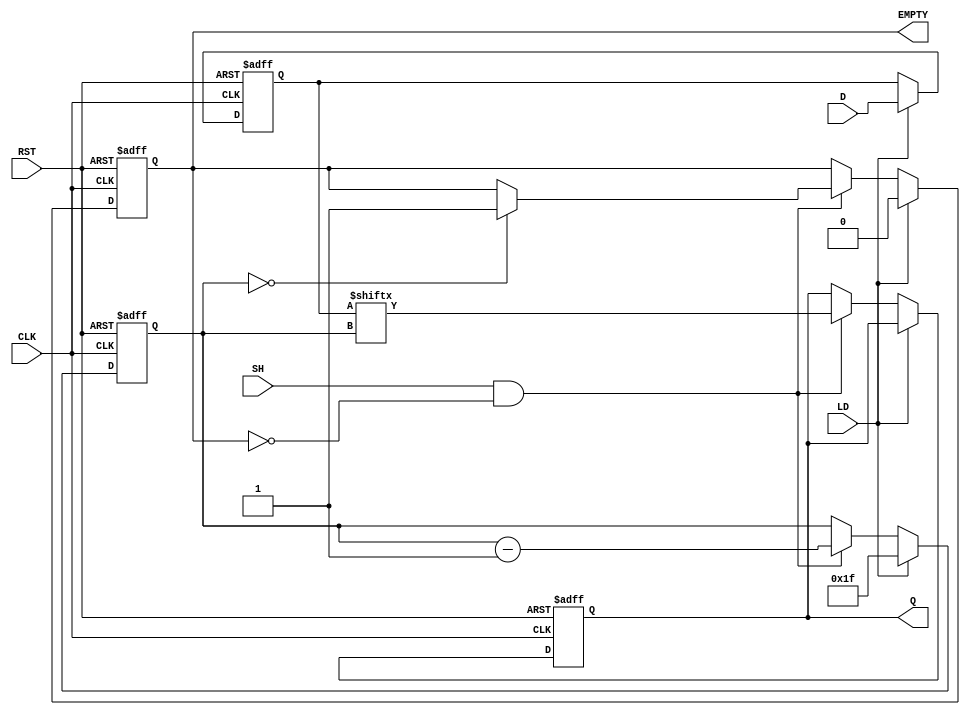
module PISO_32bit (
    input wire [31:0] D,      // Parallel Data Input
    input wire LD,            // Load signal
    input wire SH,            // Shift signal
    input wire CLK,           // Clock signal
    input wire RST,           // Reset signal
    output reg Q,             // Serial Output
    output reg EMPTY          // Empty signal
);

// Internal storage register
reg [31:0] REG;
reg [4:0] counter; // 5-bit counter to keep track of the bits shifted out

// Asynchronous reset and loading logic
always @(posedge CLK or posedge RST) begin
    if (RST) begin
        REG <= 32'b0;       // Clear the register
        Q <= 1'b0;          // Clear the output
        counter <= 5'd0;    // Reset the counter
        EMPTY <= 1'b1;      // Initially empty
    end else begin
        if (LD) begin
            REG <= D;       // Load parallel data into the register
            counter <= 5'd31; // Set counter to point to MSB
            EMPTY <= 1'b0;  // Not empty after loading
        end else if (SH && !EMPTY) begin
            Q <= REG[counter]; // Shift out the current bit
            counter <= counter - 1; // Decrement the counter
            
            // Check if all bits have been shifted out
            if (counter == 5'd0) begin
                EMPTY <= 1'b1; // Set empty signal if all bits are shifted out
            end
        end
    end
end

endmodule